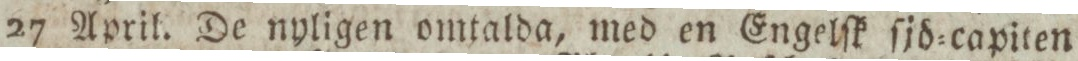
27 April. De nyligen omtalda, med en Engelſk ſjd=capiten